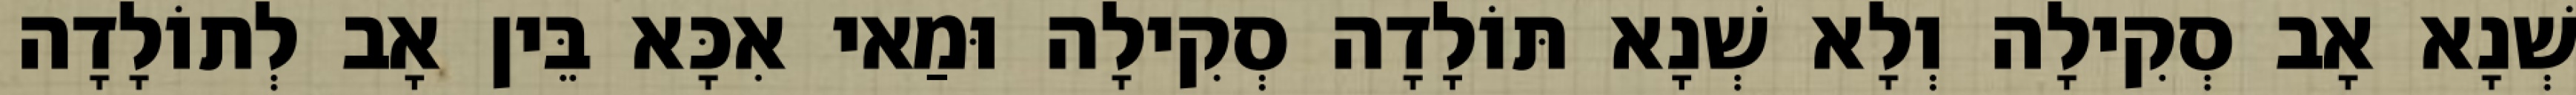
שְׁנָא אָב סְקִילָה וְלָא שְׁנָא תּוֹלָדָה סְקִילָה וּמַאי אִכָּא בֵּין אָב לְתוֹלָדָה